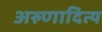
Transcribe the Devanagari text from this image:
अरुणादित्य